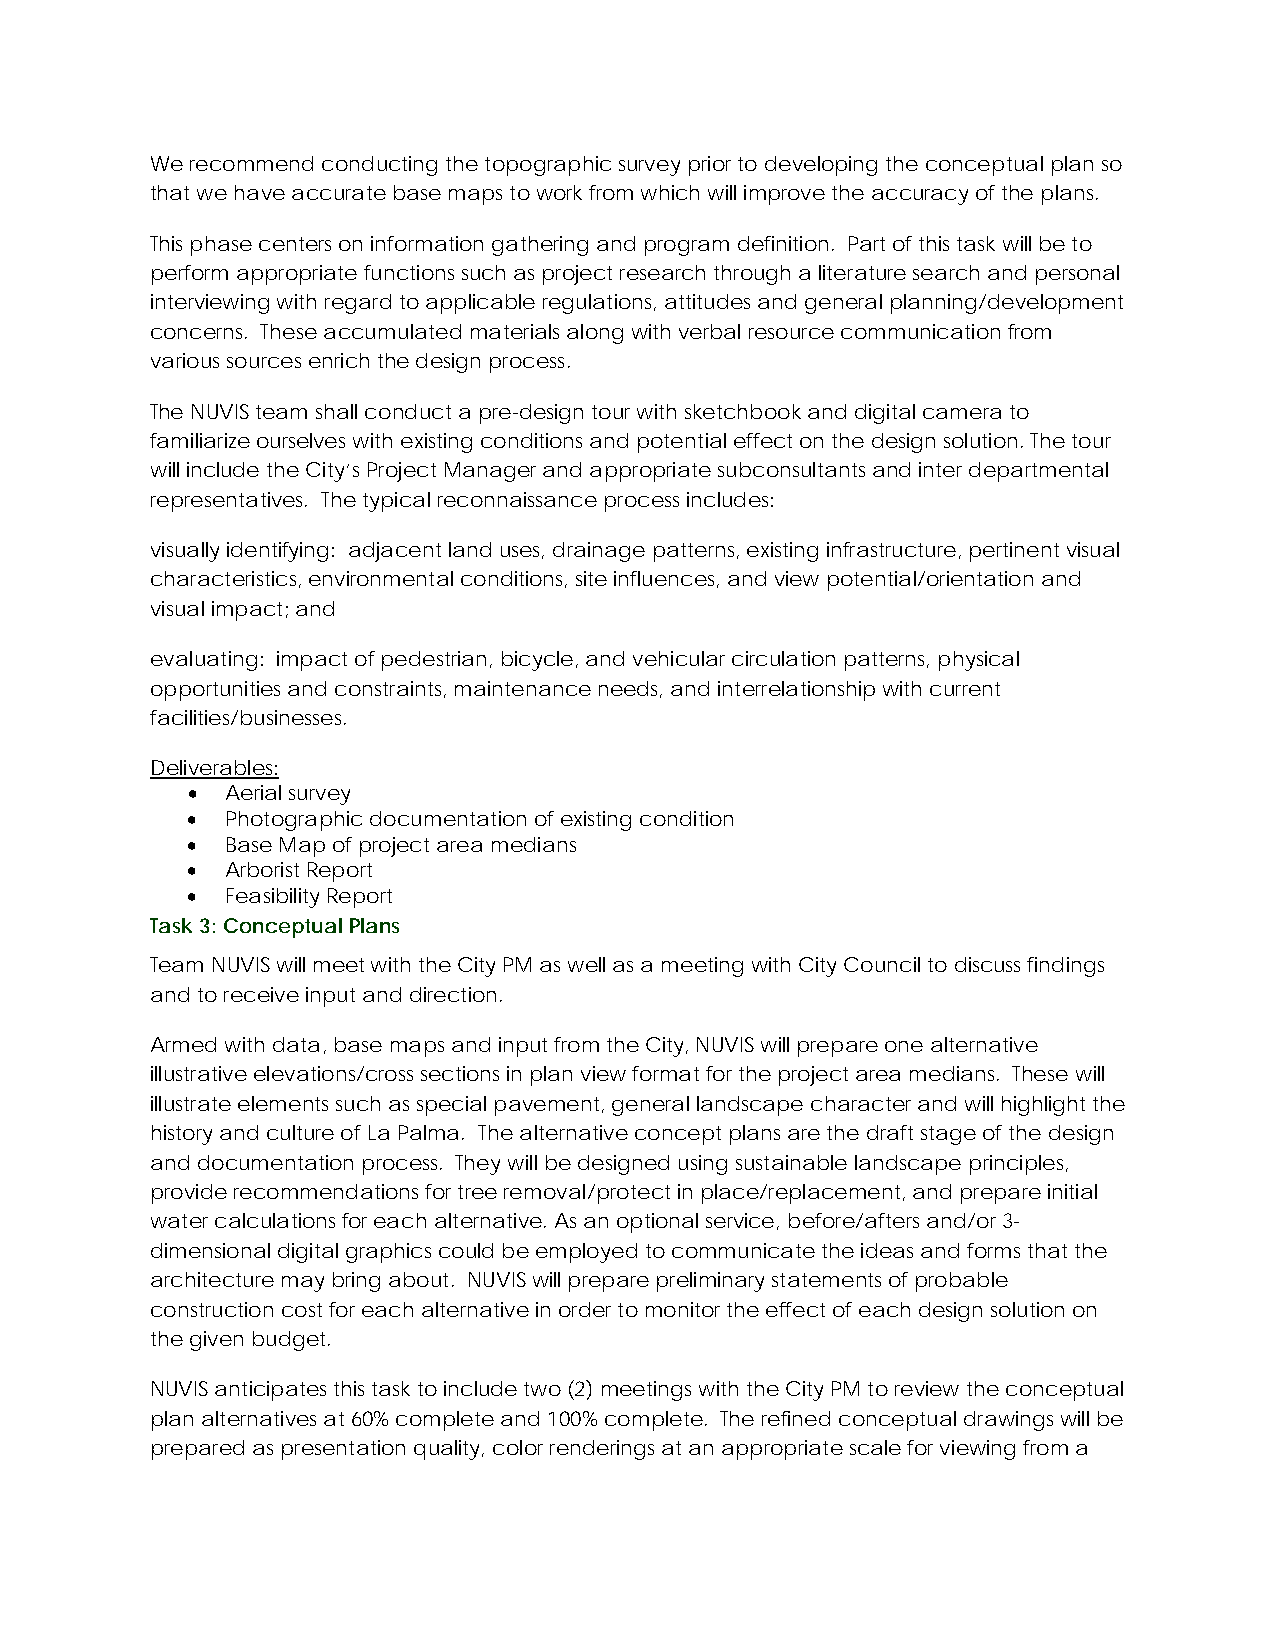
We recommend conducting the topographic survey prior to developing the conceptual plan so
 that we have accurate base maps to work from which will improve the accuracy of the plans.
 This phase centers on information gathering and program definition. Part of this task will be to
 perform appropriate functions such as project research through a literature search and personal
 interviewing with regard to applicable regulations, attitudes and general planning/development
 concerns. These accumulated materials along with verbal resource communication from
 various sources enrich the design process.
 The NUVIS team shall conduct a pre-design tour with sketchbook and digital camera to
 familiarize ourselves with existing conditions and potential effect on the design solution. The tour
 will include the City’s Project Manager and appropriate subconsultants and inter departmental
 representatives. The typical reconnaissance process includes:
 visually identifying: adjacent land uses, drainage patterns, existing infrastructure, pertinent visual
 characteristics, environmental conditions, site influences, and view potential/orientation and
 visual impact; and
 evaluating: impact of pedestrian, bicycle, and vehicular circulation patterns, physical
 opportunities and constraints, maintenance needs, and interrelationship with current
 facilities/businesses.
 Deliverables:
 •  Aerial survey
 •  Photographic documentation of existing condition
 •  Base Map of project area medians
 •  Arborist Report
 •  Feasibility Report
 Task 3: Conceptual Plans
 Team NUVIS will meet with the City PM as well as a meeting with City Council to discuss findings
 and to receive input and direction.
 Armed with data, base maps and input from the City, NUVIS will prepare one alternative
 illustrative elevations/cross sections in plan view format for the project area medians. These will
 illustrate elements such as special pavement, general landscape character and will highlight the
 history and culture of La Palma. The alternative concept plans are the draft stage of the design
 and documentation process. They will be designed using sustainable landscape principles,
 provide recommendations for tree removal/protect in place/replacement, and prepare initial
 water calculations for each alternative. As an optional service, before/afters and/or 3-
 dimensional digital graphics could be employed to communicate the ideas and forms that the
 architecture may bring about. NUVIS will prepare preliminary statements of probable
 construction cost for each alternative in order to monitor the effect of each design solution on
 the given budget.
 NUVIS anticipates this task to include two (2) meetings with the City PM to review the conceptual
 plan alternatives at 60% complete and 100% complete. The refined conceptual drawings will be
 prepared as presentation quality, color renderings at an appropriate scale for viewing from a